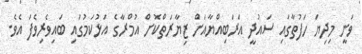
ވަނީ މިދިޔަ ހަފުތާގައި ސައުދީ އަރަބިއްޔާއަށް ޒިޔާރަތްކޮށް އުމްރާގެ އަޅުކަމުގައި ބައިވެރިވެފަ އެވެ.